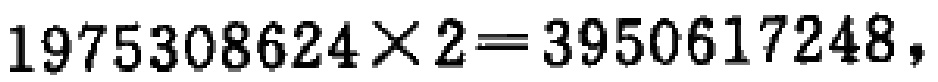
\(1975308624\times2 = 3950617248\)